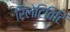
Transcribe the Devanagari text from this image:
रिलेटिविटि